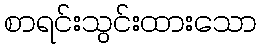
စာရင်းသွင်းထားသော